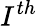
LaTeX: I^{th}